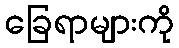
ခြေရာများကို